Scottish Certificate of Education, 1963
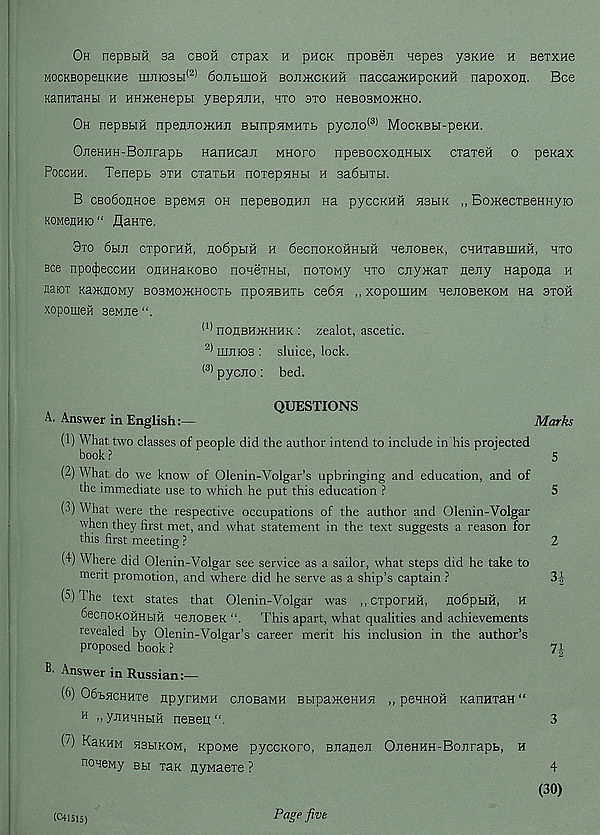
Oh nepBHH sa cboh cxpax h pHCK npoBeji nepes ysKHe h BexxHe
MOCKBopepKne mjiJ03bi (2) 6oJibmoH boh>kckhh naccaiKHpcKHH napoxoji. Bee
KanHxaHbi h HHmeHepu yBepjuiH, hxo axo HeBOBMoxcno.
Oh nepBbiH npenJio>KHji BbinpxMHXb pycno <3) MocKBH-peKH.
OxeHHH-BoJirapb nanHcaji mhofo npesocxonHux exaxeii o penax
Pocchh. Tenepb 3xh cxaxtH noxepxHbi h 3a6bixbi.
B GBo6onHoe BpeMx oh nepeBOumi na pyccKHH hshk ,, BojKecxBeHHyio
KOMenHK) “ flanxe.
9xo 6hji cxporHH, no6pbm h 6ecnoKOHHbm nexoBeK, cHHxaBiiiHH, hxo
Bee npo^eccHH OHHHaKOBO nonexHbi, noxOMy hxo cnywax nexy Hapoxa h
naioT Ka^KflOMy bosmojkhoctb npoxBHXb ce6x „ xoponjHM HexoBexoM na axoii
xopoiueft aewxe
(1) hoxbhjkhhk : zealot, ascetic.
2) mxios : sluice, lock.
(3) pyexo: bed.
QUESTIONS
A. Answer in English:—
Marks
(1) What two classes of people did the author intend to include in his projected
book ?
5
(2) What do we know of Olenin-Volgar’s upbringing and education, and of
the immediate use to which he put this education ?
5
( J ) What were the respective occupations of the author and Olenin-Volgar
when they first met, and what statement in the text suggests a reason for
this first meeting ?
2
(4) Where did Olenin-Volgar see service as a sailor, what steps did he take to
merit promotion, and where did he serve as a ship’s captain ?
3|
(5) The text states that Olenin-Volgar was ,,CxporHH, nodpbiH, H
SecnOKOHHbiH nexoseK “. This apart, what qualities and achievements
revealed by Olenin-Volgar’s career merit his inclusion in the author’s
proposed book ?
7i-
Answer in Russian:—
(6) OSbxcHHxe npyrHMH cxosaMH BbipaxtenHx „ peHHOH xanHxaH “
H n yxHHHMH neseq
3
(~) Kekhm X3HK0M, KpoMe pyccKoro, Bxanex OxeHHH-Boxrapb, H
noxeMy bh xax xyMaexe ?
4
(30)
(C41515)
Page five